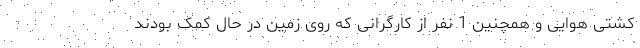
کشتی هوایی و همچنین 1 نفر از کارگرانی که روی زمین در حال کمک بودند